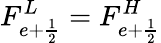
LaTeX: F_{e+\frac{1}{2}}^{L}=F_{e+\frac{1}{2}}^{H}